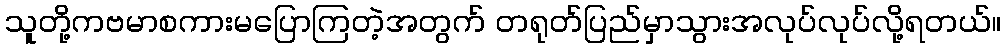
သူတို့ကဗမာစကားမပြောကြတဲ့အတွက် တရုတ်ပြည်မှာသွားအလုပ်လုပ်လို့ရတယ်။